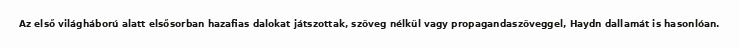
Az első világháború alatt elsősorban hazafias dalokat játszottak, szöveg nélkül vagy propagandaszöveggel, Haydn dallamát is hasonlóan.